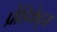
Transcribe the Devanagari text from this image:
प्रेडिकेट्स